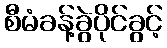
စီမံခန့်ခွဲပိုင်ခွင့်